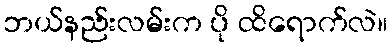
ဘယ်နည်းလမ်းက ပို ထိရောက်လဲ။